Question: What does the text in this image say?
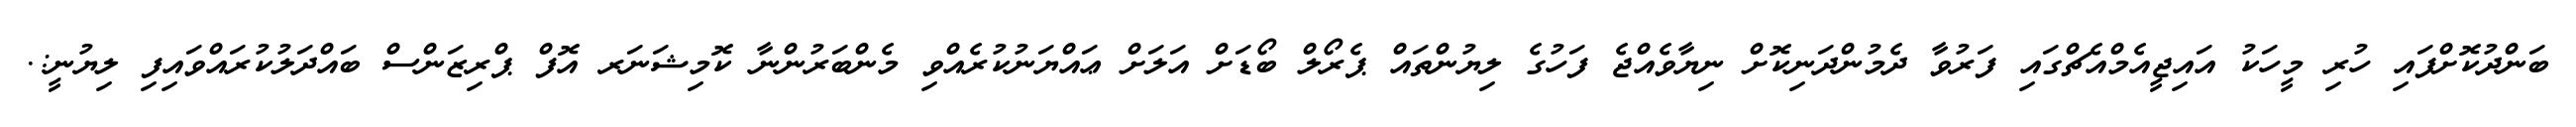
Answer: ބަންދުކޮށްފައި ހުރި މީހަކު އައިޖީއެމްއެޗްގައި ފަރުވާ ދެމުންދަނިކޮށް ނިޔާވެއްޖެ ފަހުގެ ލިޔުންތައް ޕެރޯލް ބޯޑަށް އަލަށް ޢައްޔަނުކުރެއްވި މެންބަރުންނާ ކޮމިޝަނަރ އޮފް ޕްރިޒަންސް ބައްދަލުކުރައްވައިފި ލިޔުނީ:.